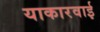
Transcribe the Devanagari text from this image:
याकारवाई